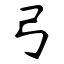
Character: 弓